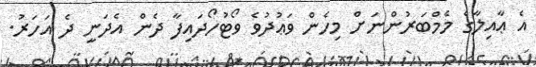
އެ ޢާއިލާގެ މެމްބަރުންނަށް މިހެެން ވަޢުދުވެ ވޯޓުހޯދައިފާ ދެން އެދަނީ ދެ އަހަރު.